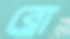
ব্লো